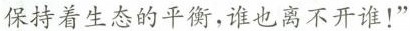
保持着生态的平衡，谁也离不开谁！”